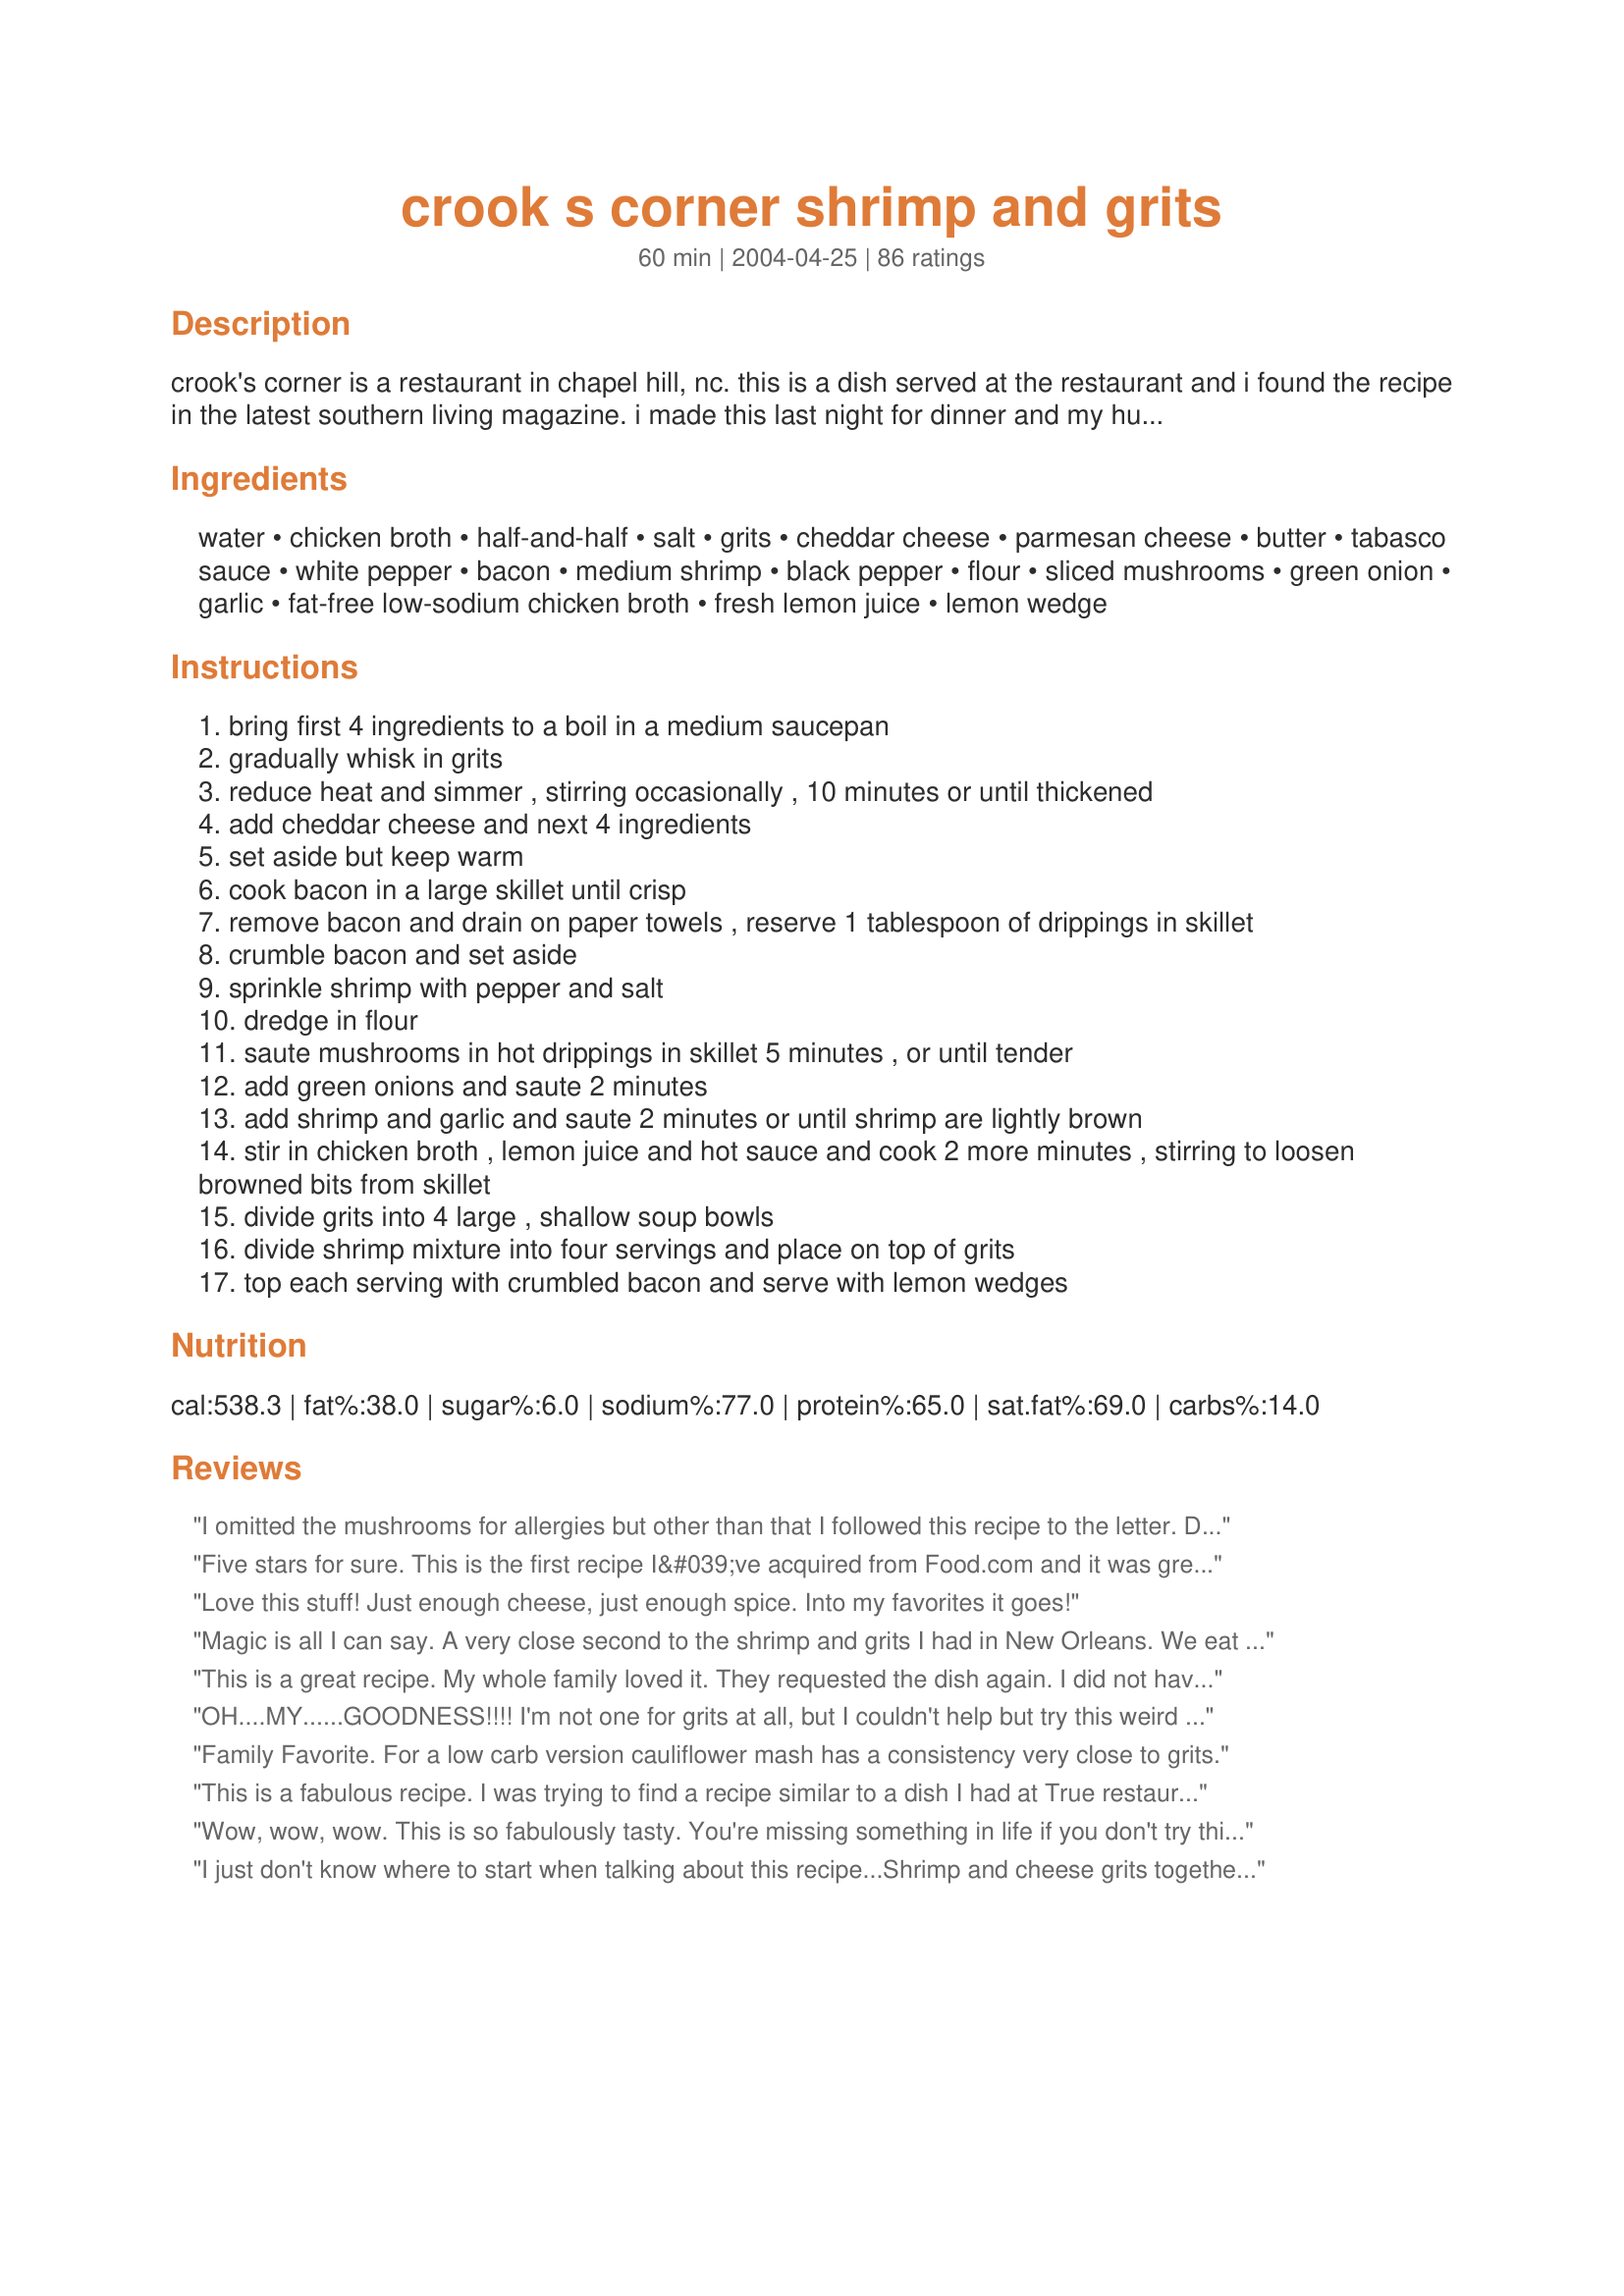
crook s corner shrimp and grits
Preparation time: 60 minutes

crook's corner is a restaurant in chapel hill, nc. this is a dish served at the restaurant and i found the recipe in the latest southern living magazine. i made this last night for dinner and my husband and i went nuts for it, it's the ultimate comfort food. don't let the long list of ingredients throw you off, this goes together quickly and easily.

Ingredients:
water, chicken broth, half-and-half, salt, grits, cheddar cheese, parmesan cheese, butter, tabasco sauce, white pepper, bacon, medium shrimp, black pepper, flour, sliced mushrooms, green onion, garlic, fat-free low-sodium chicken broth, fresh lemon juice, lemon wedge

Steps:
bring first 4 ingredients to a boil in a medium saucepan
gradually whisk in grits
reduce heat and simmer , stirring occasionally , 10 minutes or until thickened
add cheddar cheese and next 4 ingredients
set aside but keep warm
cook bacon in a large skillet until crisp
remove bacon and drain on paper towels , reserve 1 tablespoon of drippings in skillet
crumble bacon and set aside
sprinkle shrimp with pepper and salt
dredge in flour
saute mushrooms in hot drippings in skillet 5 minutes , or until tender
add green onions and saute 2 minutes
add shrimp and garlic and saute 2 minutes or until shrimp are lightly brown
stir in chicken broth , lemon juice and hot sauce and cook 2 more minutes , stirring to loosen browned bits from skillet
divide grits into 4 large , shallow soup bowls
divide shrimp mixture into four servings and place on top of grits
top each serving with crumbled bacon and serve with lemon wedges

Reviews:
I omitted the mushrooms for allergies but other than that I followed this recipe to the letter. Don't tinker with it because it is perfection as is.
Five stars for sure. This is the first recipe I&#039;ve acquired from Food.com and it was great. After reading the reviews I went with the Andouille sausage addition and added an extra 1/2 lb. of medium shrimp. Our guest raved about it. Thanks to Hey Jude.
Love this stuff! Just enough cheese, just enough spice. Into my favorites it goes!
Magic is all I can say. A very close second to the shrimp and grits I had in New Orleans. We eat these a few times a year!
This is a great recipe. My whole family loved it. They requested the dish again. I did not have any half-and-half, so I used milk. I did not have any green onions, so I used 1/4 cup yellow onions. I also used black pepper instead of white pepper. The dish was still great. Thank You!!
OH....MY......GOODNESS!!!! I'm not one for grits at all, but I couldn't help but try this weird sounding recipe. It was DELICIOUS!!!! My husband was ecstatic at the way it turned out! I fooled the recipe to a t, and I can't imagine changing anything! Wonderfully delicious, and I cannot wait to cook this for company!!
Family Favorite. For a low carb version cauliflower mash has a consistency very close to grits.
This is a fabulous recipe. I was trying to find a recipe similar to a dish I had at True restaurant in Mobile, Alabama that was simply delicious. This was the closest I could find to recreating the dish with some variations. I left off the mushrooms and added chopped plum tomatoes instead. I also garnished with capers. Thanks for posting this version - it's a keeper!!
Wow, wow, wow. This is so fabulously tasty. You're missing something in life if you don't try this. For those outside the US who can't get grits, you can use polenta. It is sooooo delicious. Wow.
I just don't know where to start when talking about this recipe...Shrimp and cheese grits together-a Southern delicacy. The grits were cheesy and creamy with just a hint of fire from the Tabasco. When you are eating this, you might think you were in a gourmet restaurant. The combo is unusual, but it somehow works. The entire family (even the non-grit lovers devoured this). I suggest premeasuring all the ingredients before starting because everything goes together quickly in the actual cooking process. I tend to make simple recipes, but I am so glad I tried this because it was a great dining experience. My noncook daughter took the recipe home with her claiming she will be making this soon! Thanks HeyJude!
I would make half the grits but the entire recipe of shrimp for two. We had lots of the grits leftover.<br/>DH loved it and ate all of the shrimp.
** May 25, 2009 -- Made this again last night!!! It is amazing! Just wanted to say thanks again for my most favorite meal!!!**

YUM!!!! SOOOOO good! I am originally from the mid-west, so I kind of had to get used to grits (which is a staple here in NC), but this recipe was beyond awesome. My husband has not developed a taste for grits, so he ate his over white rice and loved it. We had company over for dinner, so there were NO leftovers and that made me very upset! I can't wait to make it again!! I didn't have white pepper, so I used black and added a bit more tabasco to give it some more spice. My friend makes this and adds diced tomatoes to the mix, so I might try that addition next time! Thank you for posting!!!
I made this for my bf tonight who had never had shrimp and grits before and he ate it all up. I used quick grits bc thats all they had at the market but I don't recommend them, just doesn't give the same texture. The grit portion was amazing! The flavors were outta this world. I increased the amount of chicken broth in the shrimp because I liked more sauce and increased bacon to 6(more bacon=better dish right?). If you are having more than two dinners more shrimp is probably needed as the shrimp to grit ratio is slightly off. Will be making this again soon!
The grits were great, but the shrimp was waaaayyy too lemony! Will not make the shrimp part again, but the grits will be made over and over.
Great dish! I only had canned mushrooms and yellow onion. Also used pre-cooked bacon crumbles and a little chopped red pepper. A keeper!
This was a fabulous dish! It went together quickly and easily. With a helper in the kitchen, it was a breeze. My daughter and I tag-teamed it with great results. We used frozen, pre-cooked, shrimp to save time. I had the heat too low to saute them, because I was worried about over-cooking. It made the flour mixture pasty, but still tasted great. We also used precooked bacon to cut down on the mess, and used canola oil to saute the shrimp/garlic. Due to picky appetites in my family, I completely left out the mushrooms and onions. The flavor did NOT suffer one bit. The Tabasco sauce definitely adds to the flavor, and the dish is not a bit spicy. My 4 and 5 year olds ate it up and wanted seconds! I would up the quantity of bacon, though, to 4 or 5 slices. This dish is a keeper, and we will definitely have it again. Even better, most of the ingredients are ones I usually have on hand!!!
Excellent! Used quick grits, no problem. Otherwise made exactly as written, excellent recipe. Will make again!
This recipe is unbelievably yummy!! Our Red Bone Alley closed a while ago and we have all been craving the Shrimp & Grits. This is a wonderful exception!! Be sure you measure out all ingredients prior to cooking as once you start as it moves pretty fast. Hubby and I double teamed it and I did the grits while he did the shrimp but thatâ€™s not necessary, we just like to work together in the kitchen. This is BY FAR one of our favorite recipes now and we make it every couple of weeks. We did limit the lemon juice as stated by another reviewer and it was spectacular!!
Ooooh this was REALLY GOOD! I did not make it myself, my Sister made this one, and I made the Grits and Shrimp Casserole recipe. We wanted to see which one we liked the best! We liked both! Read my review for that one.. Anyway, I can't wait to make this one myself. She said she followed the instructions exactly. So this is my testimonial that following the directions exactly for this dish SURE WAS GOOD! And my Aunt and Cousin said it tasted almost exactly like the Shrimp and Grits @ Wishbones, a Soul food restaurant in downtown Chicago, that was visited by the Food Network! 

Thanks for sharing!
Delicious! My husband and I both loved it. This recipe's going in the "company" or "nice dinner" file, though, b/c it's just a little too much work for a weeknight -- it took me over an hour (actually close to an hour and a half) to prepare this meal. But it was worth it!! One suggestion: make sure you have plenty of sweet tea on hand when you make this. :) And I think I'll serve it with a salad next time, as it's such a rich dish that some fresh veggies would be welcome.
very very yummy and rich.
I hadn't had any shrimp at all since the disaster in the gulf, but decided it was finally time to venture out into those murky waters once more.<br/><br/>My son commented that the dish tasted "pro", and I must agree. Even so, or rather better yet, the dish was actually pretty quick to put together, but then again I also used quick grits (Albers) because that's what they had in the market.<br/><br/>My subs: Sauteed 1/2 each of yellow onion, red pepper, and serrano before adding in the mushrooms; doubled the black pepper and added garlic salt to the shrimp seasoning which I tossed about 30 minutes in advance and allowed to marinade in the fridge; deglazed the pan with a moscato; skipped adding the broth to the shrimp, but did use just a little water to smooth things out. I liked sharkdoc01's idea of the rice flour and will try that next time. Served with collard greens.
Just wonderful. My husband just loved this and asked if we could make it next time we have company! I used Red Mill Grits/Polenta and followed all directions and recipe for Crook's Corner Shrimp and Grits as given....okay, I might have added a little more green onion! I suggest - like red dirt diva does that you have ingredients preped before starting to cook. My husband and I had this very southern dish in Charleston, SC a couple of years ago...he said this is MUCH, MUCH better than we had there. Thanks for posting
Can't believe I forgot to rate this recipe. It was fabulous! Loved the cheesy grits and of course the shrimp too. I left out the mushrooms but it was still great.
Try this one, you won't regret it.
Thanks Jude
The best shrimp and grits I've made so far!!!!!!! I've tried 2 other recipes before and they were good, but this has more flavor and the small amount of tabasco really made a big difference on the taste. I followed the recipe exactly as it said. The chicken broth gave the grits a good taste. Will be making this again real soon
Absolutely the best shrimp and grits I have ever had..my family loved them and everyone I have cooked them for rave about them.
Recipe #90000 ! What a winner ! NOTHING but 5 stars !! We are snowed in so I researched something more involved than usual with pantry-present stock. Prepared as written and it was DELISH ! There are just 2 of us -- and just enough left-over for a little lunch. This is a true keeper ! So glad it was posted !
This dish, as a whole, was pretty good. The shrimp wasn&#039;t quite a five-star hit with my family, but the grits were simply amazing and my family absolutely loved them and have requested that I make grits like this from now on!
Just didn't do it for us. We followed the recipe to the letter and the flavor was not appealing.
Having eaten this at Crook's Corner a number of times it was a great delight to make it at home. It is rich and delicious, and a fun new dish for company.
I left out the pepper and tobasco for my kids' sake and it was still amazing! AND my kids actually loved it! I did use whipping cream instead of half and half out of convenience, but it was SO good.
I made this recipe last night, and LOVED it! I followed the recipe exactly, except I added a few more mushrooms because I love them! I usually make garlic cheese grits, so I was a little worried when it called for Tabasco instead of garlic. But the Tabasco added a little bite to the grits...they were delish! The recipe was very easy to follow and make. A quick and tasty meal!
Never having used "grits" before, this was an unusual recipie! My family loved it. I followed the recipie exactly. Next time I'll use more chicken broth in the sauce part. My husband is still raving about the great dinner we had! Thanks for sharing.
I can not even tell you how good this recipe was. My BF and I couldn't BELIEVE it tasted this good! We will DEFINITELY make this again! I think I'm about to go heat up my leftovers now. I'm TRYING to save them for breakfast tomorrow, but I'm not sure I can...
This was so perfect. It is rich and oh so good. I have cooked southern food all of my life and never had or even heard of this combo until just recently. Thank you so much!
My husband and I both loved this dish! At first, we were a little put off by the long list of ingredients, but then we realized that much of it was for the grits, which was an easy process. (I had old fashioned grits so that&#039;s what we used.) We used frozen shrimp which weren&#039;t fully defrosted, so we had to cook it a bit longer, but the results were great. We used a full pound of shrimp for the two of us and had lots of grits left over to use as a side dish for another meal.
I thought I didn't like grits until I tasted this recipe. What an interesting combination. We had some leftover grits so the next morning I fried them like hashbrown patties and they were great too. Because this goes together so quickly I went ahead and had everything measured out and shrimp peeled ahead of time so I could just throw it all in when it was time.
Flavor explosion...definitely a keeper!
Loved this! I was looking for a throw together meal at the end of the week (night before grocery store trip), I thought I had everything but the mushrooms, but when I went to the freezer, no shrimp, so we used chicken. I mixed the bacon in the grits once they were done. Mike loved it, so no mushrooms, chicken instead on shrimp &amp; some minor adjustments made a fabulous meal. Next time I want the shrimp though.
I sauteed a sliced red and a green pepper with an onion in the bacon fat-no chicken broth, no flour-the way I was taught by my mom--I had forgotten about this dish but mom's way is incredible--try it this way!
I was really disappointed in this recipe. From the picture it looks like it has a red sauce and my turned out more like a brown gravy. The only flavor it really even had was from the extra seasonings that I added and even still it was bland. It wasn't at all what I was expecting!! I'm from Alabama and this is no southern cooking!
I can't believe I lived in North Carolina for years and never heard of this dish! We tried it and it was YUMMY! We may cut back on the lemon juice next time, but that would be the only change. Thanks for a great recipe!
I love shrimp and grits and this recipe will definitely be made again. I followed the recipe exactly and it turned out perfect. Would not change a thing!! Thank you for a great recipe.
This was very good and fairly easy. I had a canister of instant grits that were given to me by someone who bought the wrong kind for a recipe they were using, knowing that I never let food go to waste. I was searching the website for some way to use them and stumbled across your recipe. The grits turned out wonderfully even though the original recipe didn't call for instant grits. The shrimp came out tender and the gravy with them stirred in so well with the grits. I also saut&eacute;ed some green beans in the remaining bacon fat and threw those on top of our bowls and everyone was very happy with out Southern dinner. Thank you for the comforting recipe Hey Jude!
Very nice recipe. Loved the cheesy grits. Will make again. Thanks for posting.
This is amazing, and I would bet you, that even if your not a grits lover you would love this entree! Creamy, cheesy and loaded with flavors that will tickle your taste buds. We loved it, and that's an understatement!
Great Recipe!!! Use portobella mushrooms, a cajun cheddar cheese, Louisianna hot sauce, gulf coast shrimp dredged in rice flour and ground pink peppercorns, stone ground grits, Nieman ranch applewood smoked bacon. Flavors were wonderful!!!!
It was almost exactly what I was looking for. Next time, I will add andouille sausage which I think was all it was lacking. Still very, very tasty.
Awesome recipe!! I used Quick Cooking Grits and was worried they would be too thin, but they set up and what a base for those succulent shrimp! Perfection!! I will make again and often and will not change a thing! Thanks for one awesome recipe!
OOOH WEEE! This was SO good. My husband made this for dinner one night and I havn't stopped asking him to make it again. He didn't change anything about it and it was fabulous! This is a new favorite. one of my sons who claimed to not like shrimp is saying how much he likes shrimp now. Thanks for the great recepie!
Excellent, I will definitely make this again. I had always heard of shrimp and grits but never actually made them. Premeasuring ingreds is a good idea, it does go together fairly fast. Thanks!
My family loved this! In order to have more gravy in the shrimp mixture, add more broth (I added about a half cup) this made the shrimp mixture scrumptious!!
I quadrupled this recipie and made it for 22 of my cosest friends. It was a big hit!!! I don't eat bacon, so I took some of the shrimp out prior to adding it in and even that was tastey.
Agree with Lemon Drop that ingredients at the ready is best. Also, tried Gruyere cheese alone for total amount of cheese and it was fab.
I will be making this again soon because it's yummy! I used black instead of white pepper and Chalula instead of Tabasco. The two of us ate all the shrimp mostly because shrimp leftovers are not so good and I'm excited to have the leftover cheese grits in the morning. One tip would be to make sure and have all of your ingredients ready and measured out because of the timing required in this recipe. Thanks!
Really easy and tasty. Different than other shrimp and grits that I've tasted before. The parmesan taste really comes through in the grits. Will definitely make again, maybe up the tabasco a bit next time.
Loved this recipe. Thanks for sharing.
I was really excited about this recipe, but my hubby and I found it to be a little icky. I haven't eaten shrimp and grits before this, so maybe it's just not a meal for me.
Being from the north east, I'd read about shrimp and grits, but never tried them. On a trip to Charleston, I gave them a go. Blah- tasted like Cream Of Wheat cereal with shrimp scampi on top. I saw this receipe, and based upon all the ingredients, I thought I'd give it a go. Boy am I glad I did. Now I know why I kept reading about shrimp and grits in so many cooking magazines. These are very, very, yummy. We have since moved down south and use this grits receipe for a side dish when I make smothered pork chops. If you've never had shrimp and grits, give it a go.
Thank you for such a fabulous recipe! I made just enough for one tonight, using all the ingredients mentioned but without measuring anything. I used shallots in place of green onions and louisiana hot sauce instead of tabasco. I'm pretty sure I made extra sauce and next time I will make even more. I also sprinkled some parsley in the end, mostly to make it prettier. Since I'm diabetic and eat low-carb, I served it over faux-tatoes and the meal was sublime. Extra points for being so quick to make!
I used quick cook grits and adjusted the grits cook time. I added a can of drained corn to the grits for some sweetness and a small amount of cream cheese for additional creaminess. Four people liked this.
The only two times I've had shrimp and grits was in Charleston, SC. I loved it. My husband thought it was a waste of good shrimp to put them with yucky grits, but didn't try it himself. Well, I made this for dinner tonight and he's a convert! I personally thought this recipe was better than either of the dishes I had in Charleston restaurants. My hubby said I could make this ANY time - that it was wonderful. I agree and can't wait to prepare it for company.
Sooooo good!!!! Thank you for posting!!! I love shrimp and grits after visiting my BF's parents in Charleston, SC. Now I can't get enough of them. It is such a strange combination of ingredients ( well, to me anyway!) that go so well together. I have never had it with bacon and mushrooms before so I decided to try this recipe. I am so glad that I did. It was just what I had been craving! I used quick grits and homemade chicken stock that I had made earlier. I think the quality of the broth really makes a difference in how the dish turns out. If you don't have the time to make your own I highy recommend that you purchase a high quality boxed stock. I think the lemon juice at the very end adds a great freshness to the dish that complements the creamy and cheesy grits. I will be making this often!!! The list of ingredients is long, but not complicated at all and it does go together very quickly.
I used Texas Pete rather than tabasco, but everything else the same! Family Favorite!
Terrific recipe! A definite do again!! If you had everything cut, measured and ready to go it would be an easy "company" dish also as it wouldn't be overly time consuming. I thought it was even better left over!
This is not a difficult recipe if you have everything ready to co prior to starting. If you don't you will make yourself crazy. I don't like to have other people help me with my main recipe, but I needed help the first time because I wasn't as prepared as I should have been. Some substitutions I have tried that have been successful... Canned evaporated milk instead of half and half. In a pinch I have used regular milk from the fridge, but the recipe will last some of the rich taste (but will also have less calories). I have forgotten the mushrooms on more than one occasion and no one has noticed. However I will caution that canned mushrooms should not be a substitute for fresh in this recipe- don't even try it.
I have also forgotten the lemon juice once and it still tasted great. In fact, my family would rather I make grits now with chicken broth and cheese and milk. The old way will never be as good anymore. Don't sub margarine for butter- you will be able to tell the difference in taste. The hot sauce will not make the recipe spicy hot, so don't be afraid to use it. I have a friend call me from the beach 2 states away just to get this recipe. I serve it for company now with asparagus for a side vegetable dish, but honestly it could be a meal all by itself.
We love this recipe...My husband (born in Alabama, raised in NC and who previously lived in Charleston) can't get enough of these. I save making this recipe for when I really want to spoil him! For some extra decadence (not that it needs it), we add some andouille.
This will be going in our family recipe book. A definite must have dinner every so often. The prep is a bit time consuming (cooking bacon, peeling shrimp, chopping vegetables), but VERY worth it. Made the recipe exactly as instructed and we have no complaints and have no ideas for variation to improve the recipe. It was excellent as is.
This was incredible! My entire family absolutely raved over it! I would give it more stars if I could. I followed the recipe exactly except that I also made my own "cheese grits" just in case we didn't care for the grits prepared with cream and broth as the recipe called for. As it turned out, we loved the shrimp/ mushroom mixture, but preferred my "cheese grits" instead. However, the grits aren't what makes this recipe special. The recipe is totally awesome.
This dish was really good! I cooked more slices of bacon because I don't use any of the crispy fat parts...just the meat. And extra bacon bits are always good. I did premeasure everything so that all the ingredients were ready to go. This is a quick and easy dish to prepare. (I had cooked the bacon way before I started cooking dinner.) Crushed red pepper and some extra squeezes of lemon juice made this dish a big hit with me! My husband enjoyed the dish without the crushed red pepper and extra squeezes of lemon juice...but continued to add the extra bacon bits as he ate.
Holy Cow and slap my mama! This is great stuff! Made it for family Christmas dinner one night, and used chicken in place of the shrimp the next night with leftover grits. Doubled the recipe--came out perfect. Rave reviews from everyone--fantastic!
YOU KNOW IT&#039;S GOOD WHEN THE LEFTOVERS TASTE GREAT COLD! I would not be ashamed to serve this to fmaily and friends. It is outstanding! Easy to make; once you prep all the ingredients it runs like clock-work. And you can add or subtract the heat as you like. My husband and I like a little more heat in our dishes so we added just a splash of scotch bonnet to our recipe. AMAZING!
Soooo good! I'll be having this again and again. This is a easy to make filling meal. Thanks for a great recipe.
Heck yes this tastes AMAZING!!! I mean, I believe bacon makes everything better, but that might just be me! This was easy to make and full of flavour. We'll definitely be adding it to our dinner rota.
Absolutely wonderful! Very easy to prepare and tastes like you spent hours preparing. I'm from Charleton, SC and have had many different versions, but this is the best by far. Thanks for posting!
We had this for dinner tonight. It was delicious! Only changed a couple of things: I added andouille sausage; and instead of salt and peppering the shrimp before dredging in flour, I sprinkled the shrimp with creole seasoning. I also threw in several sprigs of fresh thyme while sauteing the mushrooms and shrimp, which gave it extra depth of flavor (if you do this, be sure to remove before serving!). Hubby loved it, I will definitely keep this in my repertoire!
This was really delicious! I used black pepper instead do white and skipped the tobacco sauce. I didn't stick to exact measurements on anything since I never do ;) but made it to our liking....all in all it was great and will be making it again
UMAMI! That&#039;s all I have to say!!!
This dish is amazing and very hard to screw up if you know how to make grits. I highly reccomend it- don't leave the tabasco out, it makes the flavor. Enjoy!
Made this for dinner tonight. Everything was very good, but the shrimp mixture was overly dry. Next time I&#039;ll add more chicken broth/lemon juice. The grits were perfect and we have plenty of them left over.
I am from Chapel Hill and was thrilled to see this recipe posted!!! I have eaten this dish many times and it will always be a favorite!
Thanks Hey Jude for sharing!!
Oh. My. Gosh. This is the best shrimp and grits EVER! Make this right now!
There are not enough starts to rate this recipe. It was absolutely tremendous - and according to my hubby, more so the next day. Real Charlston food.
This was unbelievable!! This was as good as any shrimp and grits I've had at any restaurant! I added 2 cups mushrooms and eliminated the bacon...cooked the shrimp, mushrooms and onions in butter. It was delicious!!! Thanks so much for the perfect shrimp & grits. (Warning: my husband and I ate almost the entire 4 servings ourselves! Oink!)
THE BOMB!!!! enough said
Excellent, simply excellent. This is such a quick dinner and yet so elegant. I will certainly serve this at our next dinner party.
